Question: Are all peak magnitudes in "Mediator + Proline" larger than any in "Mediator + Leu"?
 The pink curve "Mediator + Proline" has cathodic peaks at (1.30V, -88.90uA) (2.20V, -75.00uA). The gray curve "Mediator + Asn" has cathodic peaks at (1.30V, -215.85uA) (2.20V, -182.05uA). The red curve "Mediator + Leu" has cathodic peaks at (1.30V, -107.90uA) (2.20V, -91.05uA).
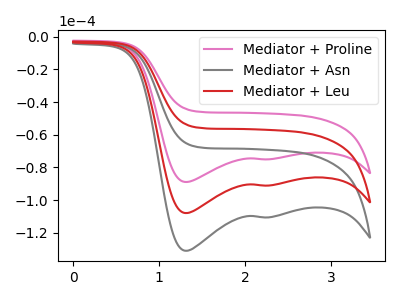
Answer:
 <answer>Every peak in "Mediator + Proline" is lower than every peak in "Mediator + Leu".</answer>
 <eval>lower</eval>